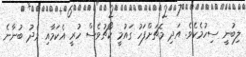
ލިބުނީ ސިހުމެކެވެ. އަދި މެޗަށްފަހު ގައުމީ ކޯޗުވެސް ހުރީ އެކަމާއި މެދު ބުނާނެ